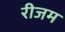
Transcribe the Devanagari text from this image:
रीजम